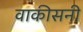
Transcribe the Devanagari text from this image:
वाकीसनी